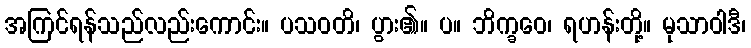
အကြင်ရန်သည်လည်းကောင်း။ ပသဝတိ၊ ပွား၏။ ပ။ ဘိက္ခဝေ၊ ရဟန်းတို့။ မုသာဝါဒီ၊